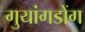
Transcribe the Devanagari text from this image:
गुयांगडोंग